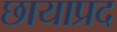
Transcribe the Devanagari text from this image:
छायाप्रद